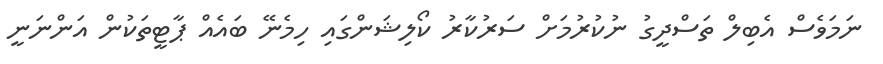
ނަމަވެސް އެބިލް ތަސްދީގު ނުކުރުމަށް ސަރުކާރު ކޯލިޝަންގައި ހިމެނޭ ބައެއް ޕާޓީތަކުން އަންނަނީ